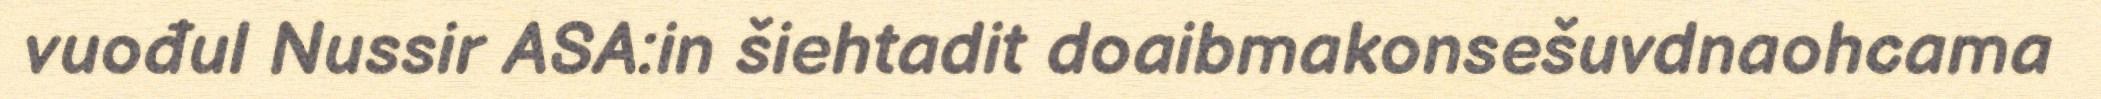
vuođul Nussir ASA:in šiehtadit doaibmakonsešuvdnaohcama